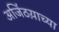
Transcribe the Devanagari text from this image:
अजिंठय़ाच्या